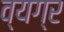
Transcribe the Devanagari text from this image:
व्‍यग्र